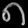
Digit: ၈